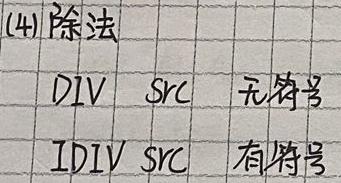
(4)除法
DIV  src  无符号
IDIV  src  有符号